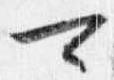
可